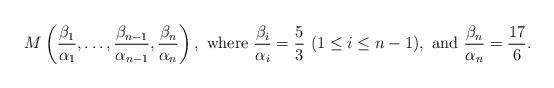
LaTeX: \begin{align*}M\left(\frac{\beta_1}{\alpha_1}, \ldots, \frac{\beta_{n-1}}{\alpha_{n-1}}, \frac{\beta_n}{\alpha_n}\right),\ \textrm{where}\ \frac{\beta_i}{\alpha_i} = \frac{5}{3}\ (1 \le i \le n-1),\ \textrm{and}\ \frac{\beta_n}{\alpha_n} = \frac{17}{6}.\end{align*}